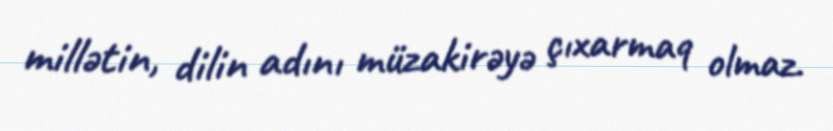
millətin, dilin adını müzakirəyə çıxarmaq olmaz.